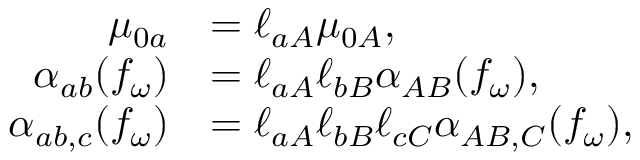
\begin{array} { r l } { \mu _ { 0 a } } & { = \ell _ { a A } \mu _ { 0 A } , } \\ { \alpha _ { a b } ( f _ { \omega } ) } & { = \ell _ { a A } \ell _ { b B } \alpha _ { A B } ( f _ { \omega } ) , } \\ { \alpha _ { a b , c } ( f _ { \omega } ) } & { = \ell _ { a A } \ell _ { b B } \ell _ { c C } \alpha _ { A B , C } ( f _ { \omega } ) , } \end{array}